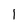
Character: 1